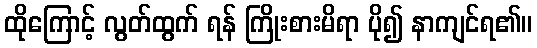
ထိုကြောင့် လွတ်ထွက် ရန် ကြိုးစားမိရာ ပို၍ နာကျင်ရ၏။